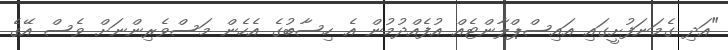
"އަދި ގެމަނަފުށީގައި އައިސްޕްލާންޓެއް އުފެއްދުމުން އެ ހިސާބުގެ އެހެން މަސްވެރިންނަށް ވެސް އޭގެ